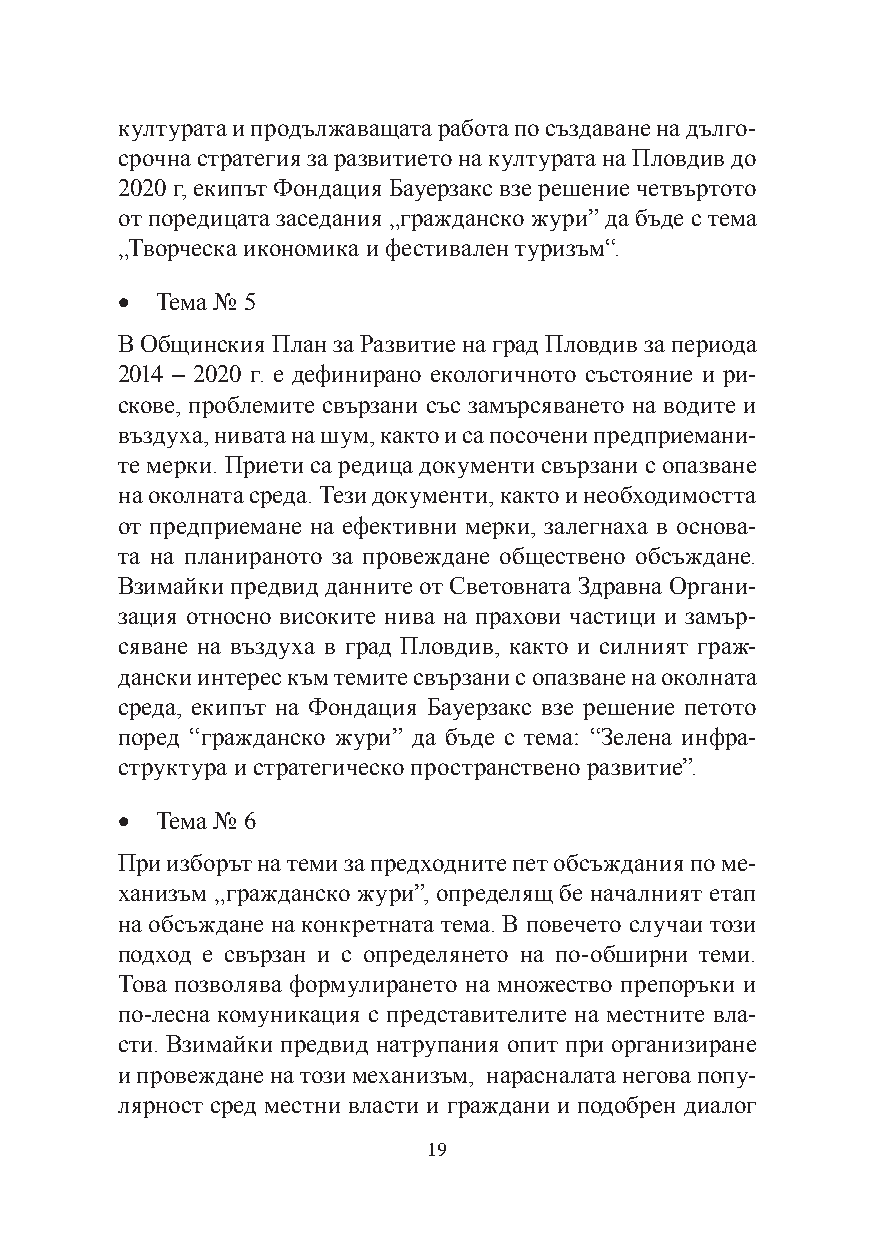
културата и продължаващата работа по създаване на дълго-
 срочна стратегия за развитието на културата на Пловдив до
 2020 г, екипът Фондация Бауерзакс взе решение четвъртото
 от поредицата заседания „гражданско жури” да бъде с тема
 „Творческа икономика и фестивален туризъм“.
 · Тема № 5
 В Общинския План за Развитие на град Пловдив за периода
 2014 – 2020 г. е дефинирано екологичното състояние и ри-
 скове, проблемите свързани със замърсяването на водите и
 въздуха, нивата на шум, както и са посочени предприемани-
 те мерки. Приети са редица документи свързани с опазване
 на околната среда. Тези документи, както и необходимостта
 от предприемане на ефективни мерки, залегнаха в основа-
 та на планираното за провеждане обществено обсъждане.
 Взимайки предвид данните от Световната Здравна Органи-
 зация относно високите нива на прахови частици и замър-
 сяване на въздуха в град Пловдив, както и силният граж-
 дански интерес към темите свързани с опазване на околната
 среда, екипът на Фондация Бауерзакс взе решение петото
 поред “гражданско жури” да бъде с тема: “Зелена инфра-
 структура и стратегическо пространствено развитие”.
 · Тема № 6
 При изборът на теми за предходните пет обсъждания по ме-
 ханизъм „гражданско жури”, определящ бе началният етап
 на обсъждане на конкретната тема. В повечето случаи този
 подход е свързан и с определянето на по-обширни теми.
 Това позволява формулирането на множество препоръки и
 по-лесна комуникация с представителите на местните вла-
 сти. Взимайки предвид натрупания опит при организиране
 и провеждане на този механизъм, нарасналата негова попу-
 лярност сред местни власти и граждани и подобрен диалог
 19